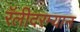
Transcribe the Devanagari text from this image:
रॅलीदरम्यान